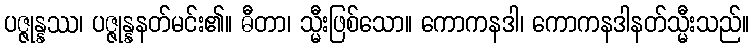
ပဇ္ဇုန္နဿ၊ ပဇ္ဇုန္နနတ်မင်း၏။ ဓီတာ၊ သ္မီးဖြစ်သော။ ကောကနဒါ၊ ကောကနဒါနတ်သ္မီးသည်။